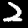
Digit: 2